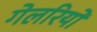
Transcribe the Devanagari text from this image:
गेलरियों